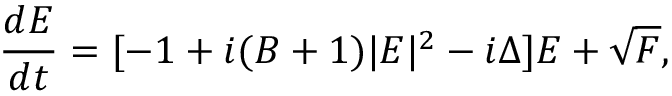
\frac { d E } { d t } = [ - 1 + i ( B + 1 ) \vert E \vert ^ { 2 } - i \Delta ] E + \sqrt { F } ,